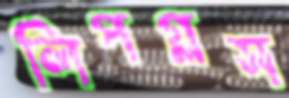
লিপগ্লস